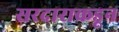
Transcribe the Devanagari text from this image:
सरदाराकडून